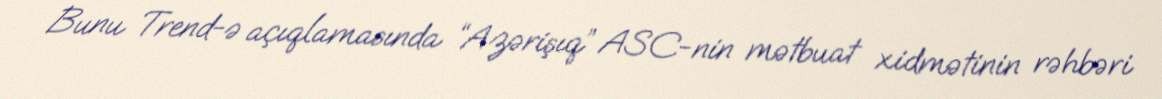
Bunu Trend-ə açıqlamasında “Azərişıq” ASC-nin mətbuat xidmətinin rəhbəri